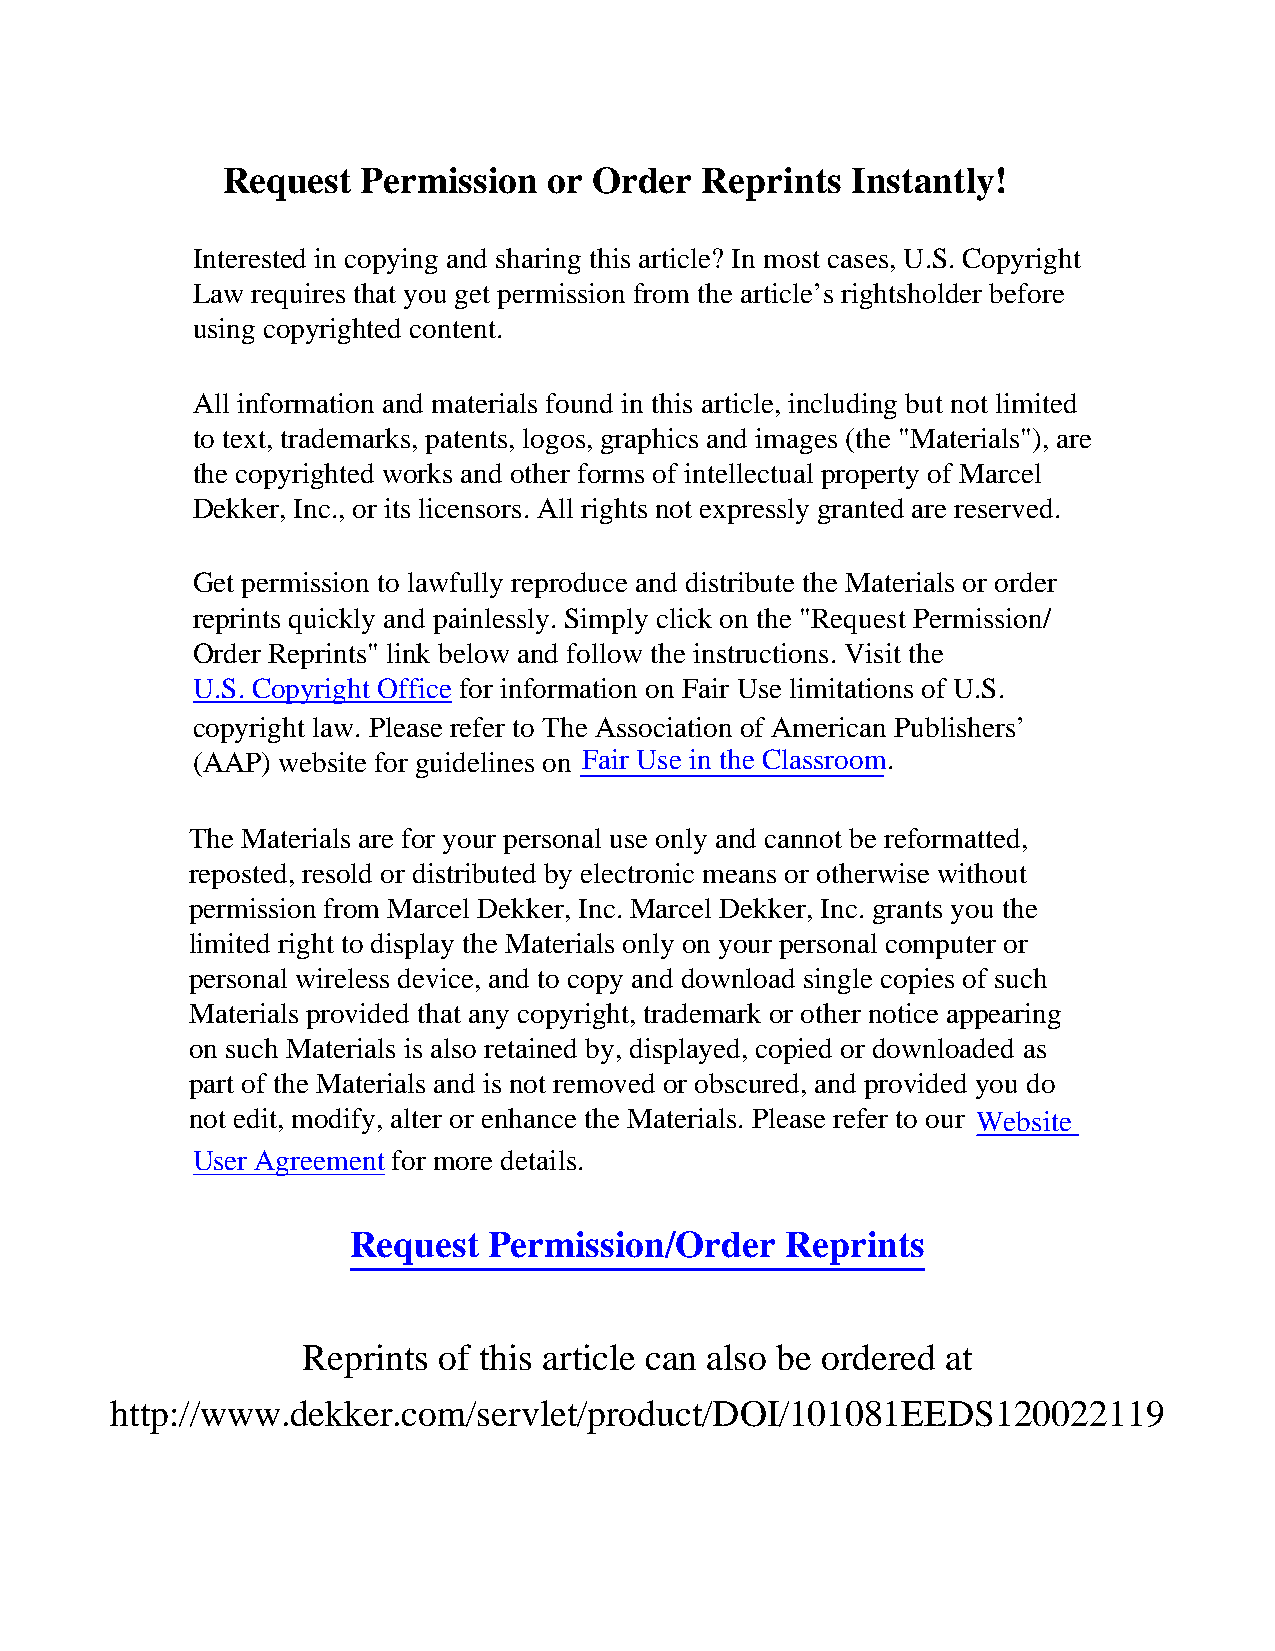
Request  Permission  or Or der Reprints  Instantly!
 Interested in copying and sharing this article? In most cases, U.S. Copyright
 Law requires that you get permission from the article’s rightsholder before
 using copyrighted content.
 All information and materials found in this article, including but not limited
 to text, trademarks, patents, logos, graphics and images (the "Materials"), are
 the copyrighted works and other forms of intellectual property of Marcel
 Dekker, Inc., or its licensors. All right s not expressly granted are reserved.
 Get permission to lawfully reproduce and distribute the Materials or order
 reprints quickly and painlessly. Simpl y click on the "Request Permission/
 Order Reprints" link below and follow the instructions. Visit the
 U.S. Copyright Office for information on Fair Use limitations of U.S.
 copyright law. Please refer to The Association of American Publishers’
 (AAP) website for guidelines on Fair Use in the Classroom.
 The Materials are for your personal use only and cannot be reformatted,
 reposted, resold or distributed by electronic means or otherwise without
 permission from Marcel Dekker, Inc. M arcel Dekker, Inc. grants you the
 limited right to display the Materials only on your personal computer or
 personal wireless device, and to copy and download single copies of such
 Materials provided that any copyright, trademark or other notice appearing
 on such Materials is also retained by, displayed, copied or downloaded as
 part of the Materials and is not removed or obscured, and provided you do
 not edit, modify, alter or enhance the Materials. Please refer to our Website
 User Agreement for more details.
 Request  Permission/Order    Reprints
 Reprints of this article can also be ordered at
 http://www.dekker.com/servlet/product/DOI/101081EEDS120022119